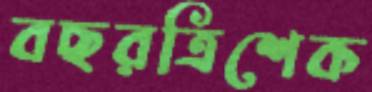
বছরত্রিশেক